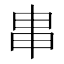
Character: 𤰶